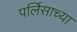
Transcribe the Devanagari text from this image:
पर्लिसाच्या